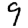
Digit: 9